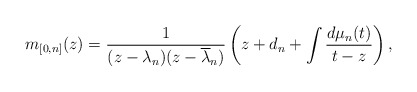
\begin{align*} m_{[0,n]}(z)= \frac{1}{(z-\lambda_n)(z-\overline{\lambda}_n)}\left(z+d_n+\int\frac{d\mu_n(t)}{t-z}\right), \end{align*}